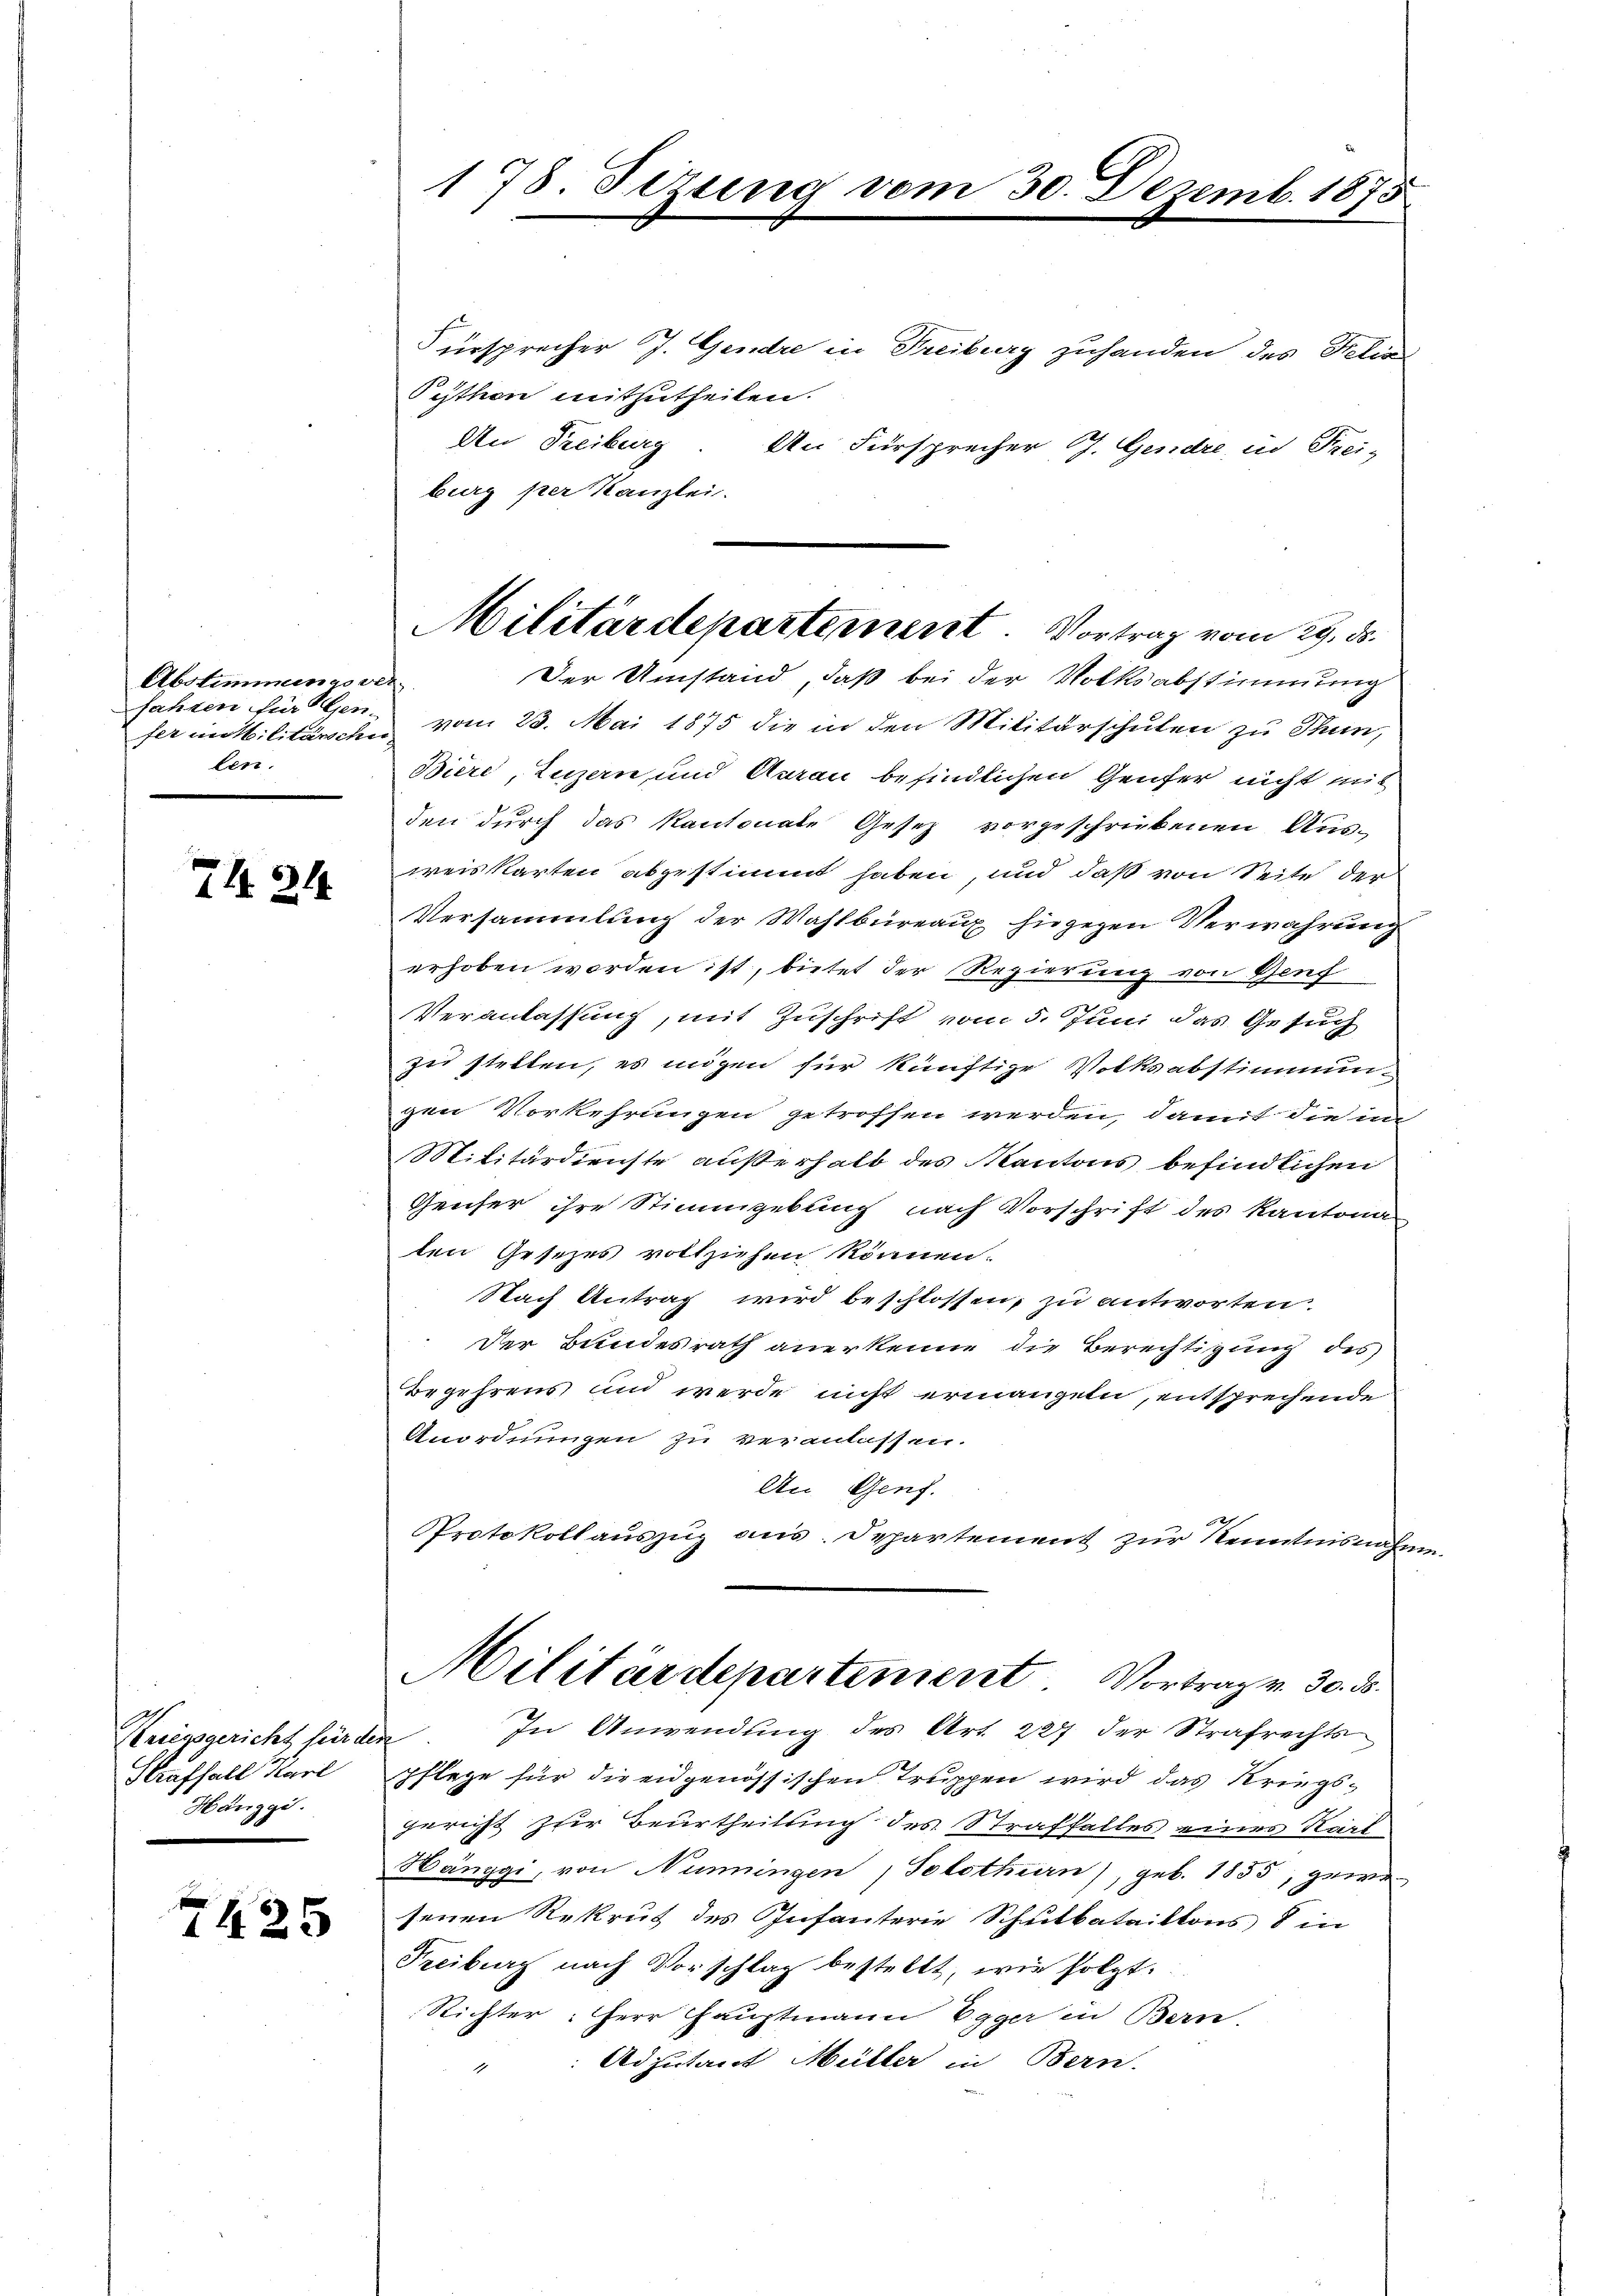
Abstimmungsver
fahren für Gen
len.

74. 24

Kriegsgericht für de
Straffall Karl
Hänggi.

2425

178. Sizung vom 30. Dezemb. 1875

Fürsprecher J. Gendre in Freiburg zuhanden des Felix
Python mitzutheilen.
An Treiburg. An Fürsprecher G. Gendre, in Freiburg per Kanzlei
fer in Militärscher vom 23. Mai 1875 die in den Militärschulen zu Thun,
Biere, Luzern und Aarau befindlichen Genfer nicht mit
den durch das Kantonate Gesetz vorgeschriebenen Aus-
weis karten abgestimmt haben, und daß von Seite der
Versammlung der Wahlbüreaux hiegegen Verwahrung
erhoben worden ist, bietet der Regierung von Genf
Veranlassung, mit Zuschrift vom 5. Juni das Gesuch
zu stellen, es mögen für künftige Volksabstimmungen Vorkehrungen getroffen werden, damit die in
Militärdienste außerhalb des Kantons befindlichen
Geuser ihre Stimmgebung nach Vorschrift des Kantona
ten Gesezes vollziehen können.
Nach Antrag wird beschlossen, zu antworten.
Der Bundesrath anerkenne die Berechtigung des
Begehrens und werde nicht ermanget, entsprechende
Anordnungen zu veranlassen.
An Genf.
Protokollauszug aus. Departement zur Kenntnisnahm
Militärdepartement Vortrag v. 30. ds.
In Anwendung des Art. 227 der Strafrechts
¬
Pflege für die eidgenössischen Truppen wird das Kriegsgericht zur Beurtheilung des Straffalles eines Kart
Hänzgi, von Nüningen, Solothurn), geb. 1855, gewesenen Rekrut des Infanterie Schulbataillons 8 in
Freiburg nach Vorschlag bestellt, wie folgt.
Richter: Herr Hauptmann Egger in Bern.
Adjutant Müller in Bern.

Militärdepartement. Vortrag vom 29. ds.
Der Umstand, daß bei der Volksabstimmung